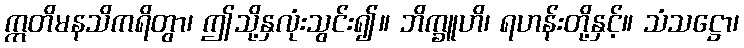
ဣတိမနသိကရိတွာ၊ ဤသို့နှလုံးသွင်း၍။ ဘိက္ခူဟိ၊ ရဟန်းတို့နှင့်။ သံသဋ္ဌော၊